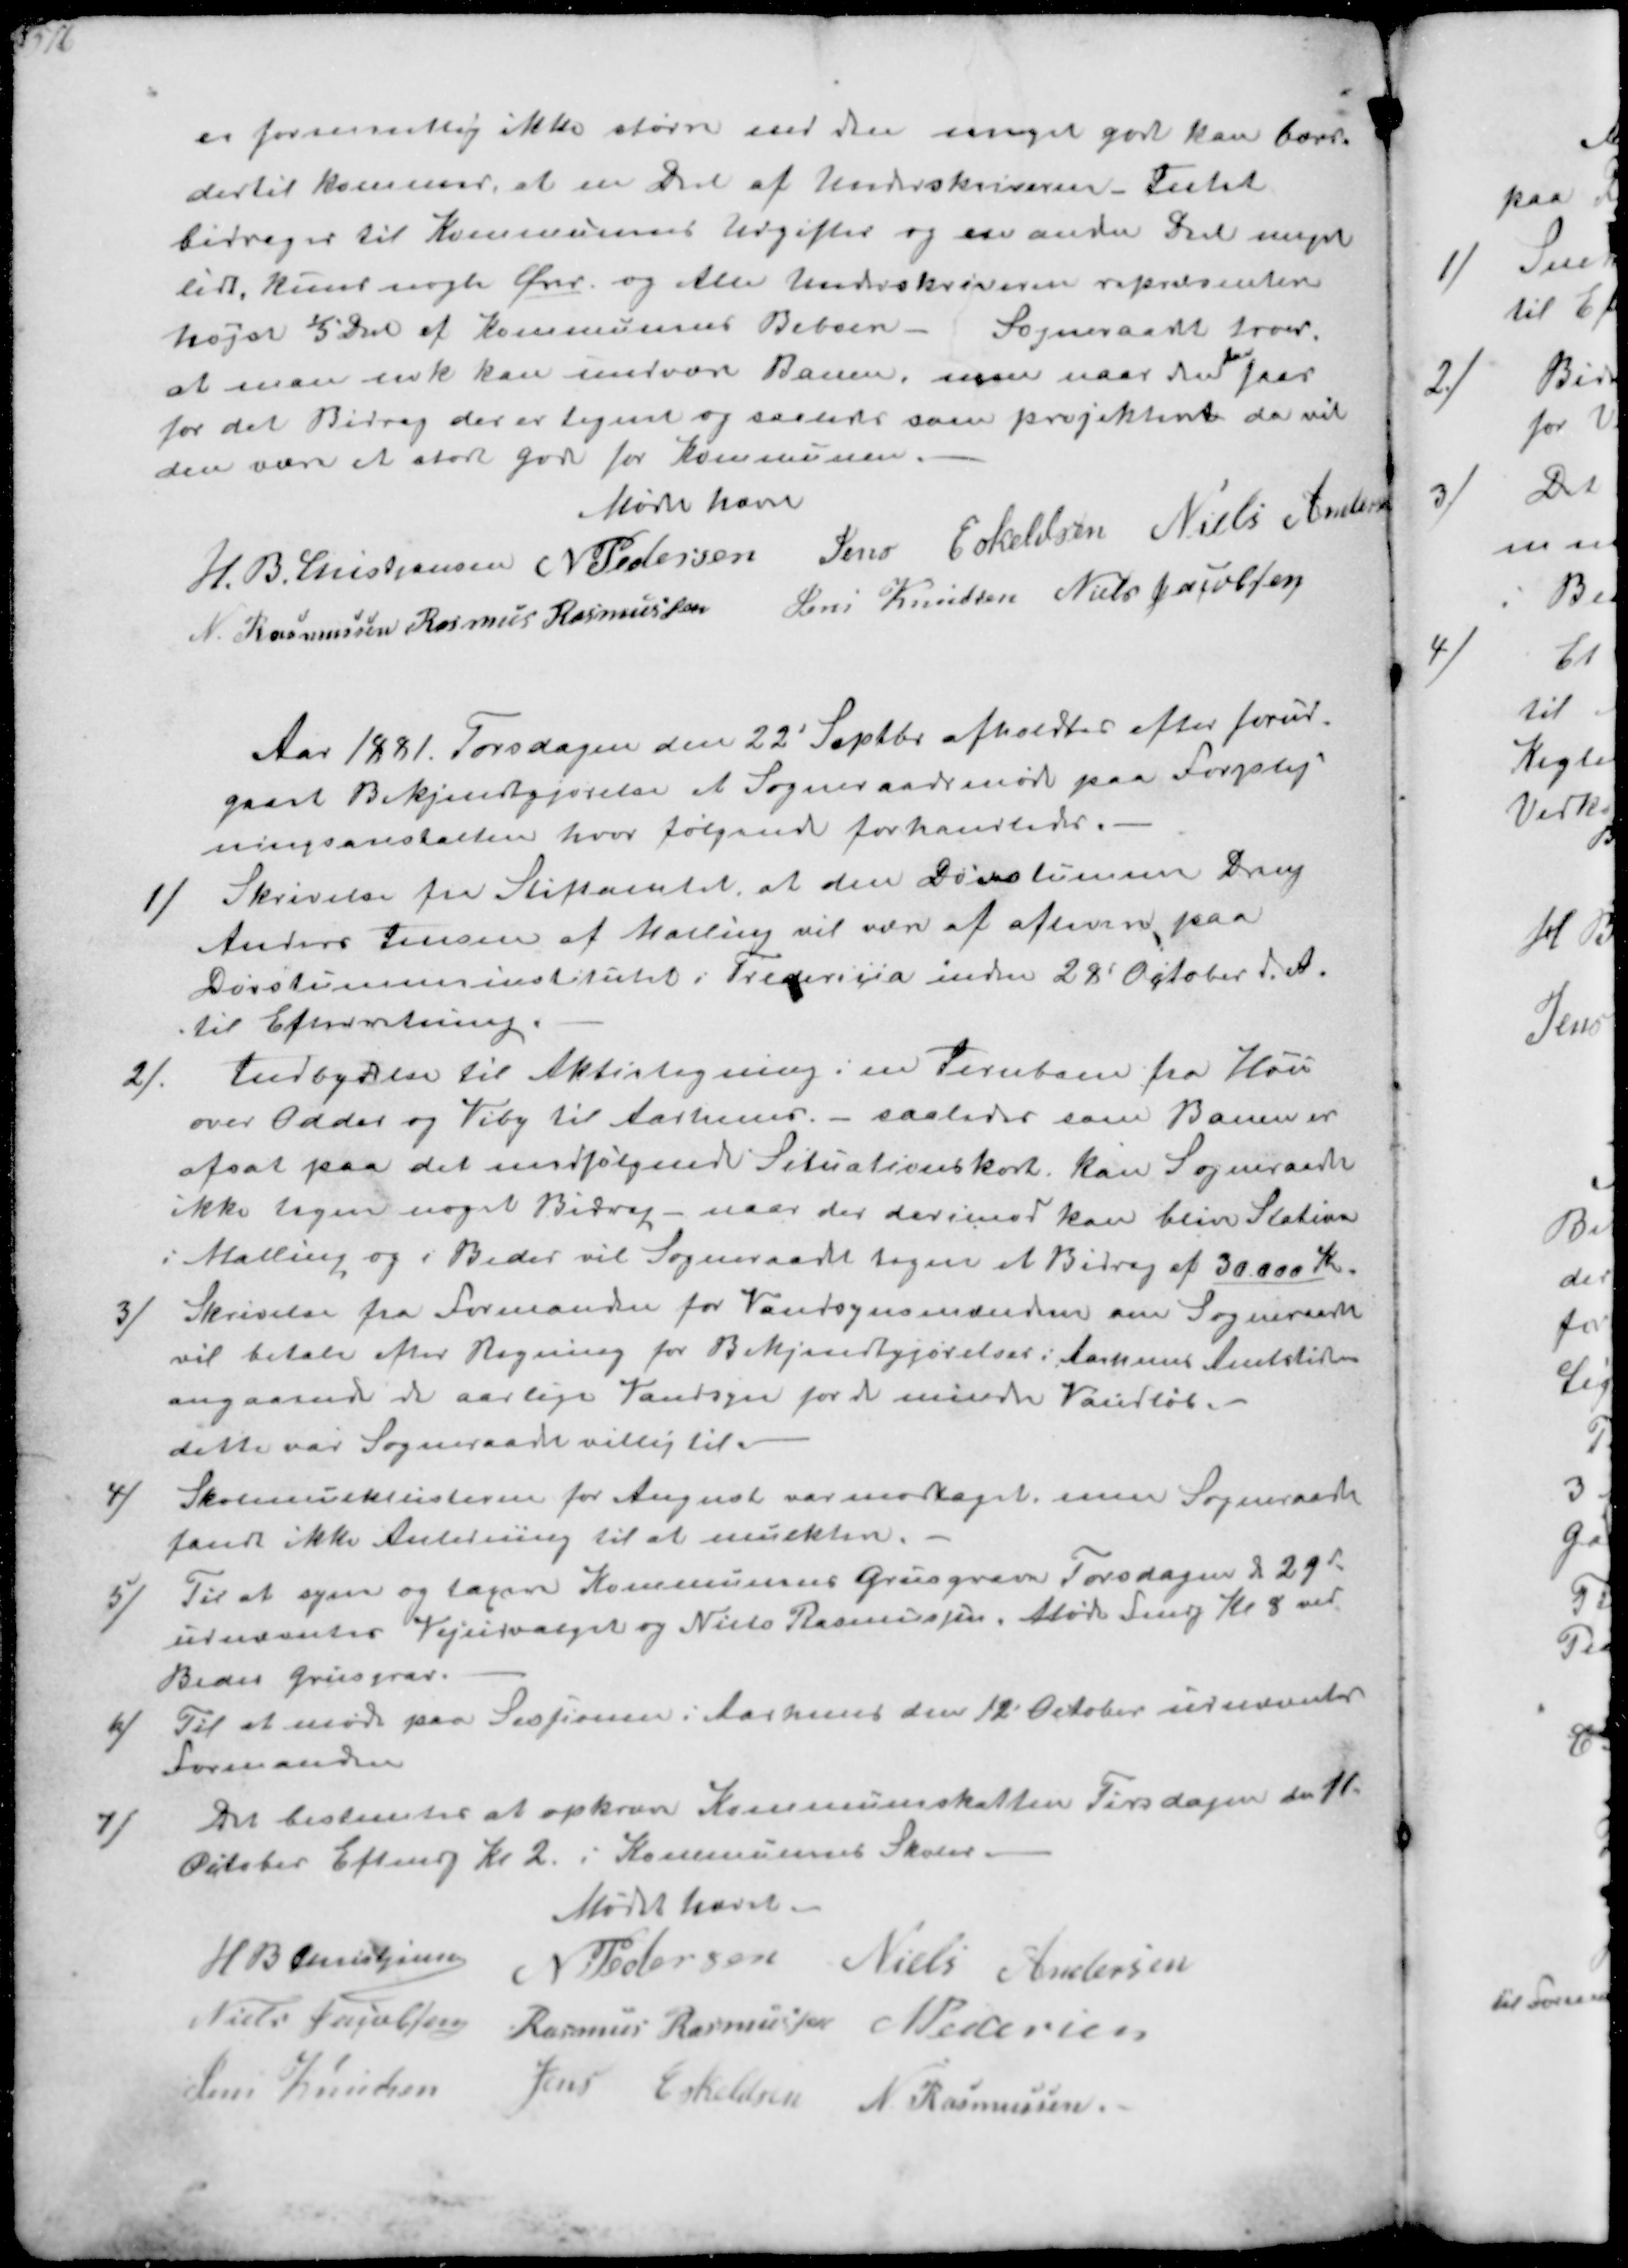
Transskription:
er formentlig ikke større end den meget godt kan bærs
dertil kommer, at en Del af Underskriverne Fuldt
bidrager til Kommunens Udgifter og en anden Del meget
lidt, kun nogle Ører og Alle Underskriverne repræsenterer
højst 1/5 Del af Kommunens Beboere - Sogneraadet troer
at man nok kan undvære Banen, men naar det
her
faar
for det Bidrag der er tegnet og saaledes som projekteret da vil
den være et stort gode for Kommunen.
Mødet hævet
H. B. Kristiansen
N Pedersen
Jens Eskeldsen
Niels Andersen
N. Rasmussen
Rasmus Rasmussen
Jens Knudsen
Niels Jacobsen

Aar 1881 Torsdagen den 22' Septbr afholdtes efter forud-
gaaet Bekjenstgjørelse et Sogneraadsmøde paa Forplej-
ningsanstalten hvor følgende forhandledes.
1/ Skrivelse fra Stiftamtet, at den Dørstumme Dreng
Anders Jensen af Malling vil være at aflevere paa
Dørstummeinstitutet i Fredericia inden 28 October d. A.
til Efterretning.
2/ Indbydelse til Aktietegnng i en Jernbane fra Hou
over Odder og Viby til Aarhuus - saaledes som Banen er
afsat paa det medfølgende Situationskort, kan Sogneraadet
ikke tegne noget Bidrag- naar der derimod kan blive Station
i Malling og i Beder vil Sogneraadet tegne et Bidrag af 30000 Kr.
3/ Skrivelse fra Formanden for Vandsynsmændene om Sogneraadet
vil betale efter Regning for Bekjendtgjørelser i Aarhus Amtstidende
angaaende de aarlige Vandsyn for de mindre Vandløb.
dette var Sogneraadet villig til
4/ Skolemulktlisterne for August var modtaget men Sogneraadet
fandt ikke Anledning til at mulktere.
5/ Til at syne og taxere Kommunens Grusgrave Torsdagen d 29'
udnæntes Vejudvalget og Niels Rasmussen. Møde Fmdg Kl 8 ved
Beder Grusgrav.
6/ Til at møde paa Sessionen i Aarhuus den 12' October udnævntes
Formanden
7/ Det bestemtes at opkræve Kommuneskatten Tirsdagen d 11
October Eftmdg Kl 2 i Kommunens Skoler.
Mødet hævet.
H B Christjansen
N Pedersen
Niels Andersen
Niels Jacobsen
Rasmus Rasmussen
N Pelensen
Jens Knudsen
Jens Eskeldsen
N Rasmussen